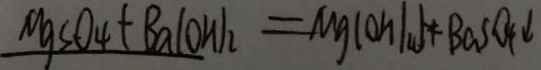
M g S O _ { 4 } + B a ( O H ) _ { 2 } = M g ( O H ) _ { 2 } + B a S O _ { 4 } \downarrow